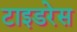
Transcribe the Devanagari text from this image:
टाइडरेस